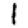
Digit: 1